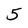
Character: 5